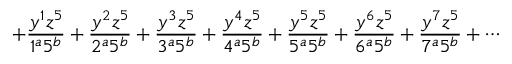
+ \frac { y ^ { 1 } z ^ { 5 } } { 1 ^ { a } 5 ^ { b } } + \frac { y ^ { 2 } z ^ { 5 } } { 2 ^ { a } 5 ^ { b } } + \frac { y ^ { 3 } z ^ { 5 } } { 3 ^ { a } 5 ^ { b } } + \frac { y ^ { 4 } z ^ { 5 } } { 4 ^ { a } 5 ^ { b } } + \frac { y ^ { 5 } z ^ { 5 } } { 5 ^ { a } 5 ^ { b } } + \frac { y ^ { 6 } z ^ { 5 } } { 6 ^ { a } 5 ^ { b } } + \frac { y ^ { 7 } z ^ { 5 } } { 7 ^ { a } 5 ^ { b } } + \cdots